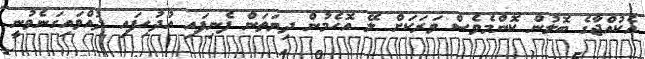
އެކުއްޖާގެ ބޮލުން ކޮންމެވެސް ވަރަކަށް ލޭ އޮހެމުން ދިޔަތަން ފެނިފައި އުދުހިފައި ދުއްވައިގަނެވުނީ